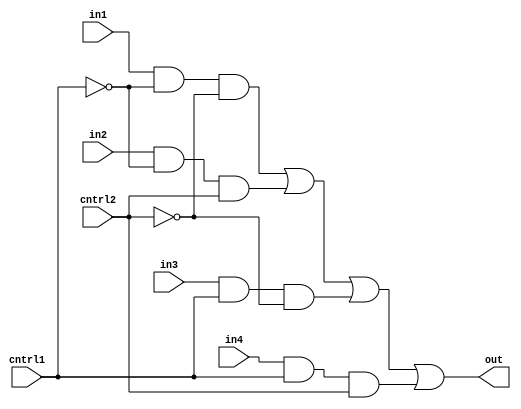
module mux4_1c(out,in1,in2,in3,in4,cntrl1,cntrl2);
output out;
input in1,in2,in3,in4,cntrl1,cntrl2;
assign out=(in1 & ~cntrl1 & ~cntrl2)|(in2 & ~cntrl1 & cntrl2)|
       (in3 & cntrl1 & ~cntrl2)|(in4 & cntrl1 & cntrl2);
endmodule